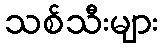
သစ်သီးများ